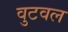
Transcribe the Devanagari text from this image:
वुटवल